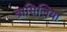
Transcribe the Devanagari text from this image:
ब्रासिलिया